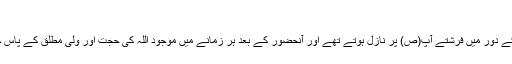
[21]
رسول اللہ(ص) کے دور میں فرشتے آپ(ص) پر نازل ہوتے تھے اور آنحضور کے بعد ہر زمانے میں موجود اللہ کی حجت اور ولی مطلق کے پاس حاضر ہوتے ہیں۔